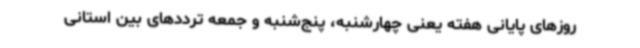
روزهای پایانی هفته یعنی چهارشنبه، پنج‌شنبه و جمعه ترددهای بین استانی